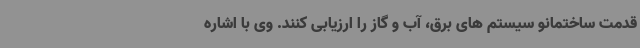
قدمت ساختمانو سیستم های برق، آب و گاز را ارزیابی کنند. وی با اشاره